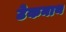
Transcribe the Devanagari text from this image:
टेकनाथ